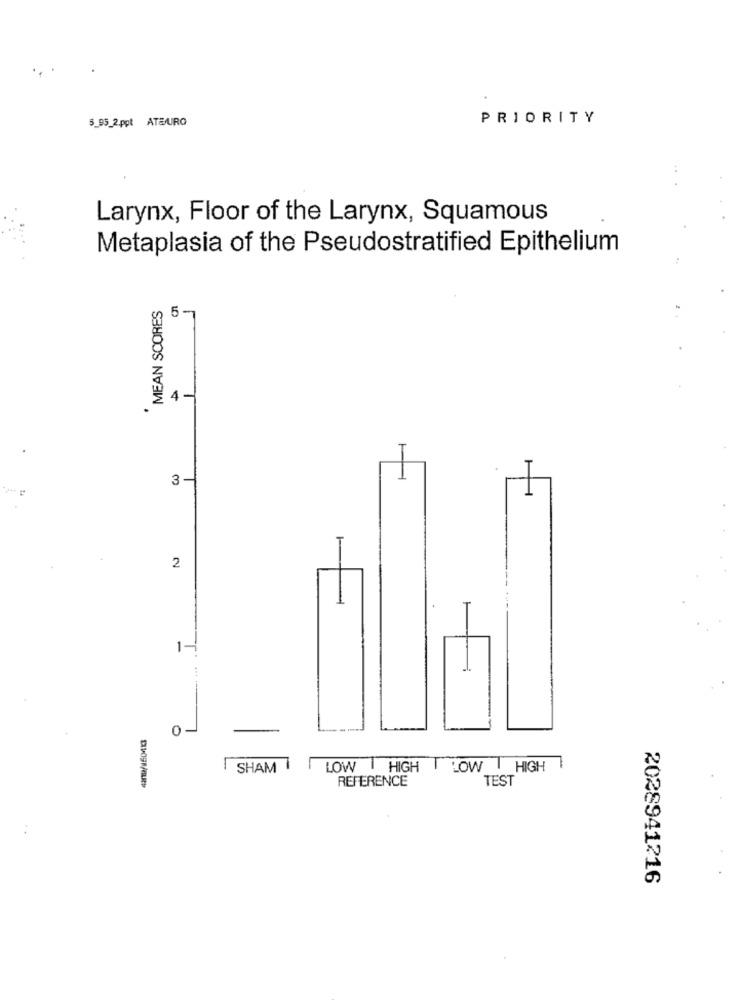
5_95_2.ppt ATEURO
PRIORITY
Larynx, Floor of the Larynx, Squamous
Metaplasia of the Pseudostratified Epithelium
MEAN SCORES
5-
4 -
.
3 -
2
1-
0 -
SHAM
LOW | HIGH | LOW | HIGH
REFERENCE
TEST
2028941216